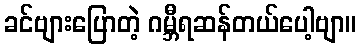
ခင်ဗျားပြောတဲ့ ဂမ္ဘီရဆန်တယ်ပေါ့ဗျာ။